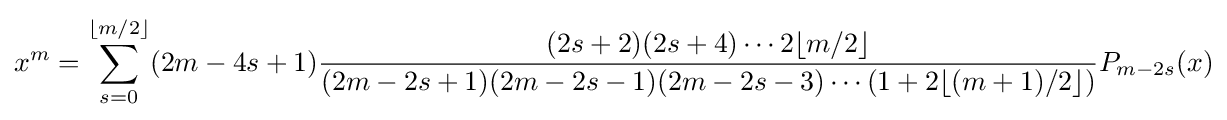
x^{m}=\sum _{s=0}^{\lfloor m/2\rfloor }(2m-4s+1){\frac {(2s+2)(2s+4)\cdots 2\lfloor m/2\rfloor }{(2m-2s+1)(2m-2s-1)(2m-2s-3)\cdots (1+2\lfloor (m+1)/2\rfloor )}}P_{m-2s}(x)